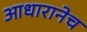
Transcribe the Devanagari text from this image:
आधारानेच